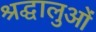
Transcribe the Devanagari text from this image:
श्रद्घालुओं